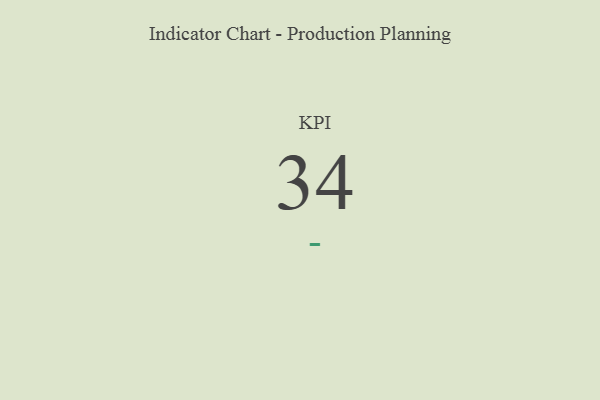
{"axis": {"x": "KPI", "y": "Value"}, "legend": [""], "data": [{"x": "KPI", "y": 34, "type": ""}]}